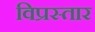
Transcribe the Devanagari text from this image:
विप्रस्तार